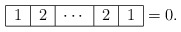
\begin{align*}\begin{tabular}{|c|c|c|c|c|}\hline$1$ & $2$ & $\cdots $ & $2$ & $1$ \\ \hline\end{tabular}=0. \end{align*}